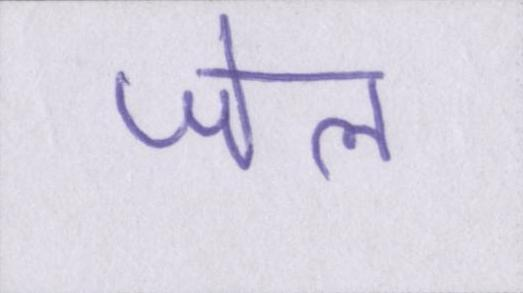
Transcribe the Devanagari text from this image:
जेल